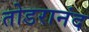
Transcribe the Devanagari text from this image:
तोडरानंद